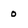
Character: 0